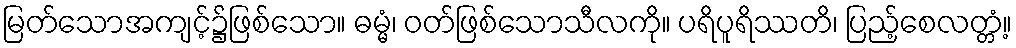
မြတ်သောအကျင့်၌ဖြစ်သော။ ဓမ္မံ၊ ဝတ်ဖြစ်သောသီလကို။ ပရိပူရိဿတိ၊ ပြည့်စေလတ္တံ့။